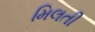
મિલતી